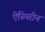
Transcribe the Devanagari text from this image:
ऐस्पिरीन